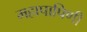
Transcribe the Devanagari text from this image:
महापापिणी